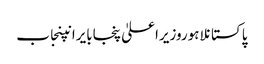
پاکستانلاہوروزیراعلیٰ پنجابایرانپنجاب